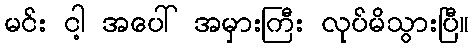
မင်း ငါ့ အပေါ် အမှားကြီး လုပ်မိသွားပြီ။